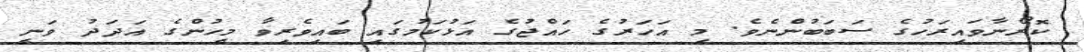
ކޮރޯނާވައިރަހުގެ ސަބަބުންނެވެ. މި އަހަރުގެ ހައްޖުގެ އަޅުކަމުގައި ބައިވެރިވާ މީހުންގެ އަދަދު ވަނީ